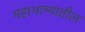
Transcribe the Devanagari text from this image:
महाभाष्यातील